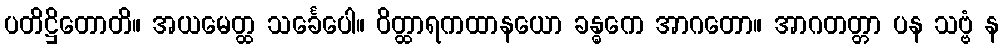
ပတိဋ္ဌိတောတိ။ အယမေတ္ထ သင်္ခေပေါ။ ဝိတ္ထာရကထာနယော ခန္ဓကေ အာဂတော။ အာဂတတ္တာ ပန သဗ္ဗံ န